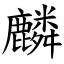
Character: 麟